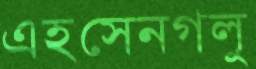
এহসেনগলু